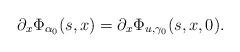
LaTeX: \begin{align*}\partial_x\Phi_{\alpha_0}(s,x)&=\partial_x\Phi_{u,\gamma_0}(s,x,0).\end{align*}